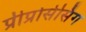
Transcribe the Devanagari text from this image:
प्रीप्रोसेसिंग